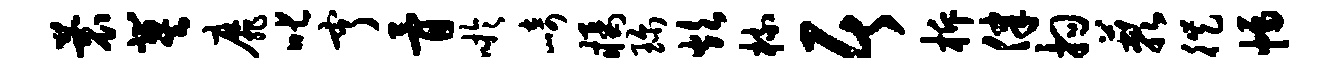
蓑冀靡叱亨骨吁崎橘珍炊梳居柝律拘蔌徙幅